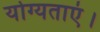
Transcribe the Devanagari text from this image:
योग्यताएं।